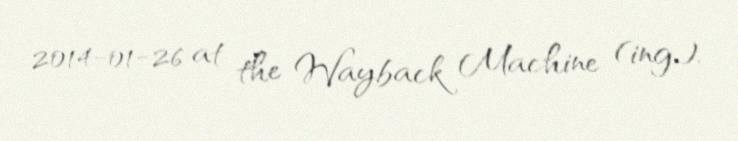
2014-01-26 at the Wayback Machine (ing.).